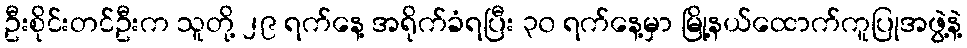
ဦးစိုင်းတင်ဦးက သူတို့ ၂၉ ရက်နေ့ အရိုက်ခံရပြီး ၃၀ ရက်နေ့မှာ မြို့နယ်ထောက်ကူပြုအဖွဲ့နဲ့